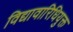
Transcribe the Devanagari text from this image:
विद्यावारिधियुक्त